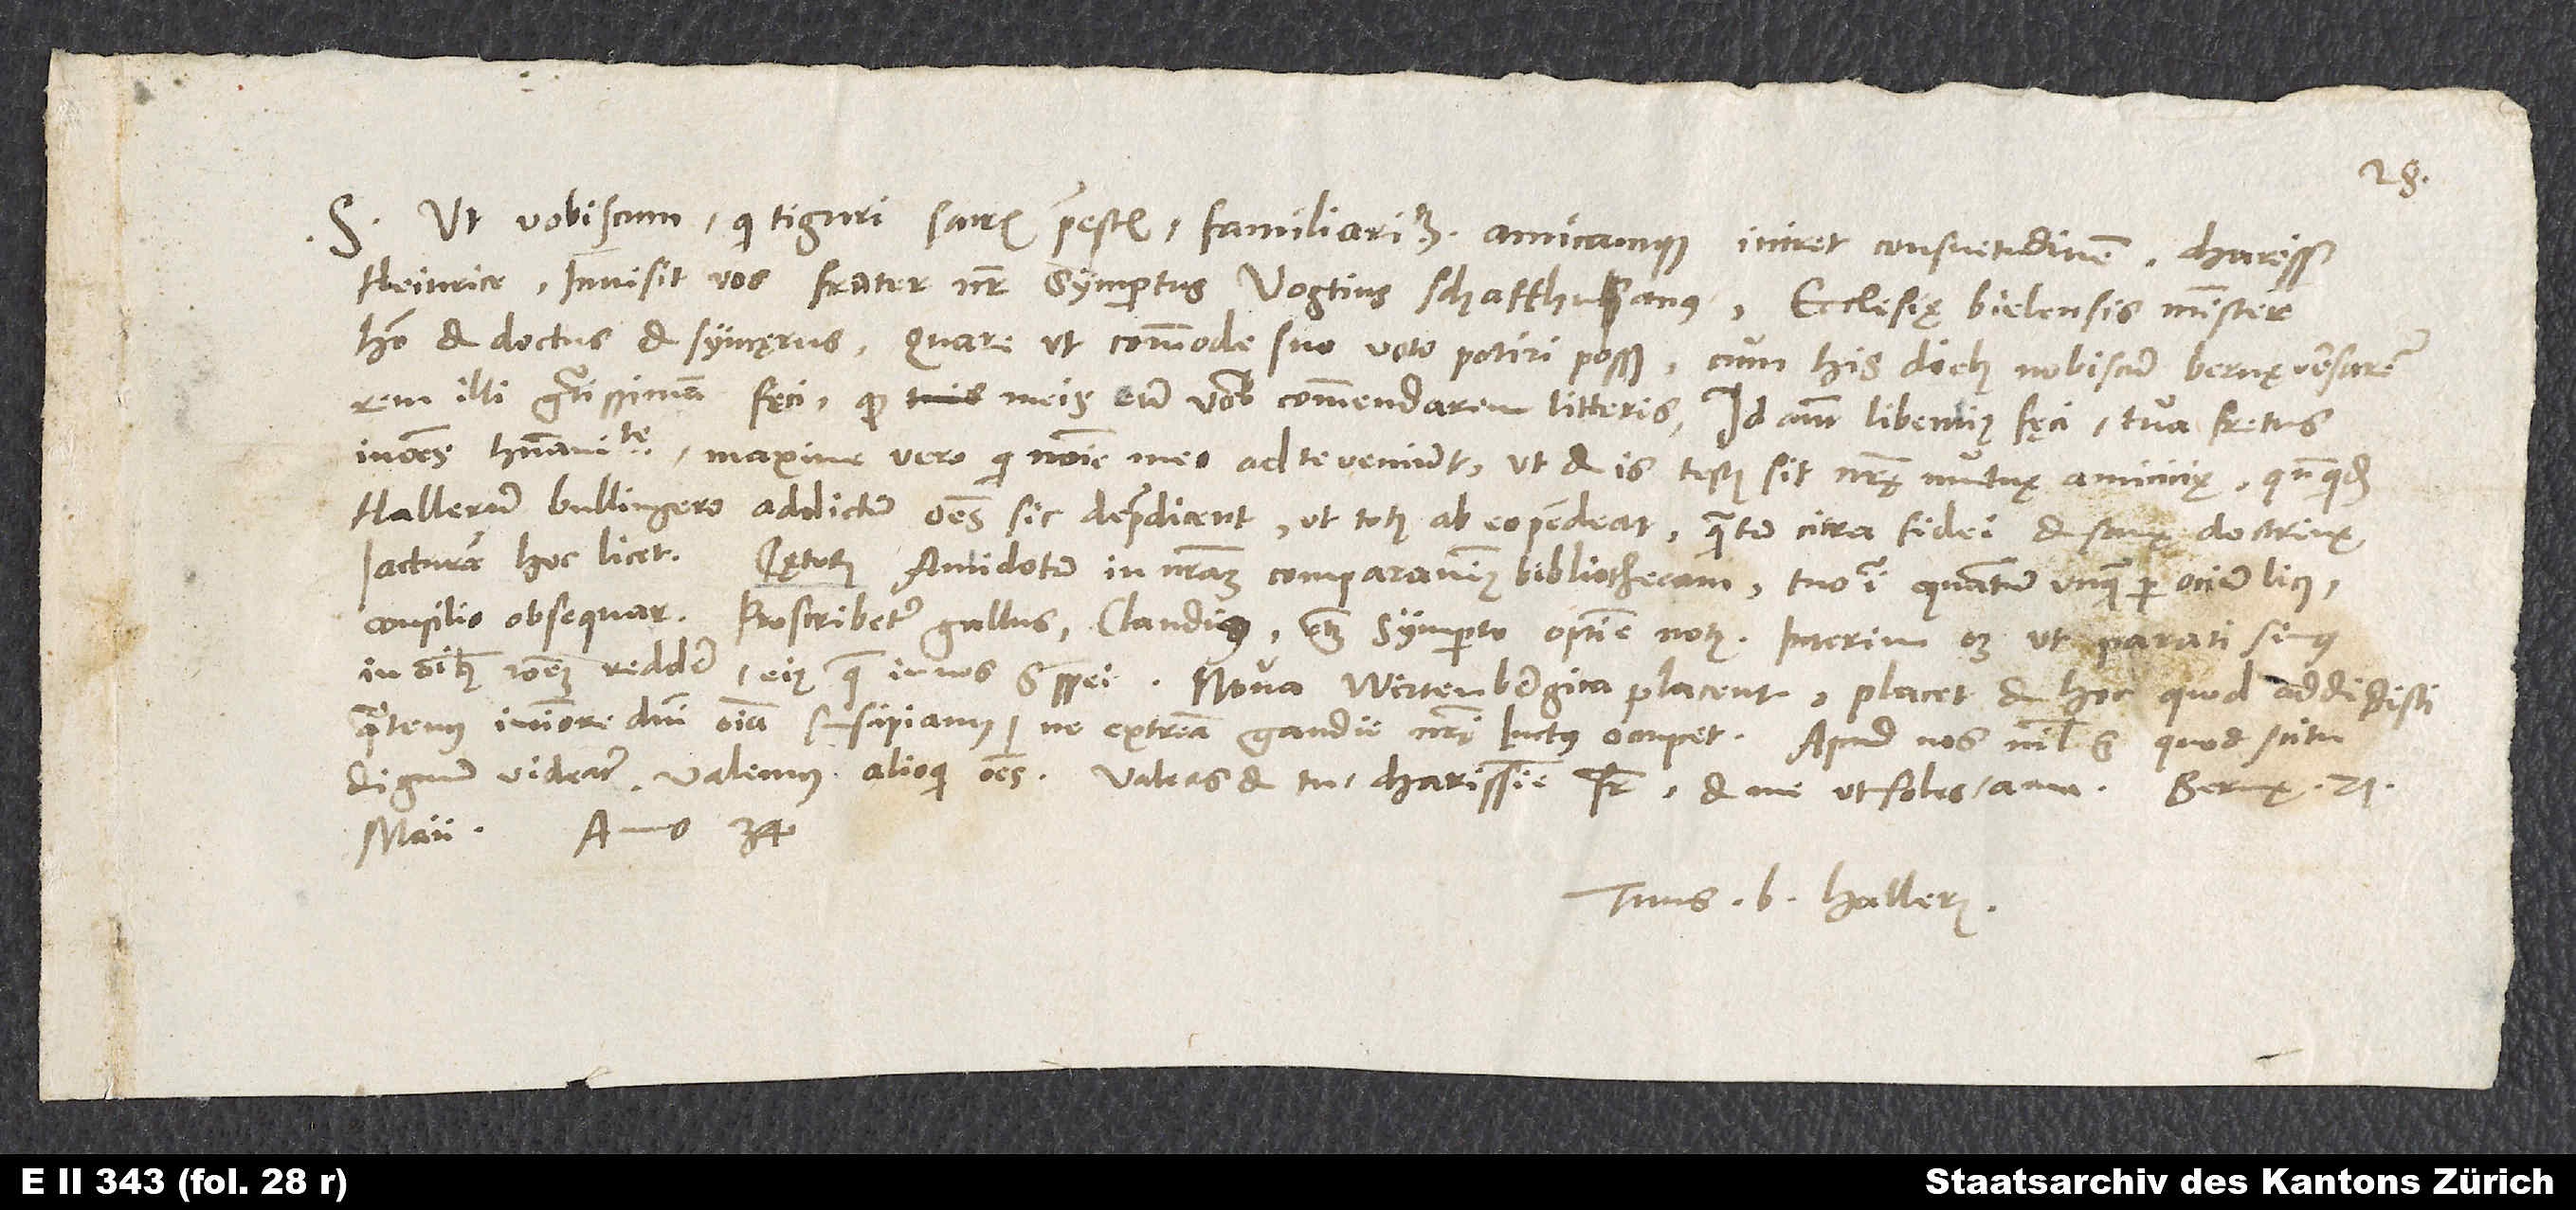
S. Ut vobiscum, qui Tiguri sacris praeestis, familiaritatem amicamque iniret consuetudinem, charissime
Heinrice, invisit vos frater noster Sympertus Vogtius Schaffhusanus, ecclesię Bielensis minister,
homo et doctus et syncęrus. Quare ut commode suo voto potiri possit, cum his diebus nobiscum Bernę versaretur,
rem illi gratissimam feci, quod meis eum vobis commendarem litteris. Id autem libentius fęci tua fretus
in omnes humanitate, maxime vero, qui nomine meo ad te veniunt, ut et is testis sit nostrę mutuae amicicię, quandoquidem
Hallerum Bullingero addictum omnes sic depraedicent, ut totus ab eo pendeat, quantum citra fidei et sanę doctrinę
Ceterum antidotum in nostram comparavimus bibliothecam; tuo igitur, quantum unquam per ocium licet,
consilio obsequar. Proscribetur Gallus Claudius etiam Symperto optime notus; interim opus est, ut parati simus
in omnibus rationem reddere eius, quae in nos est spei. Nova Wirtenbergica placent, placet et hoc, quod addidisti,
quatenus in timore domini omnia suscipiamus, ne «extrema gaudii nostri luctus occupet» . Apud nos nihil est, quod scitu
maii anno 34.
Tuus B. Hallerus.